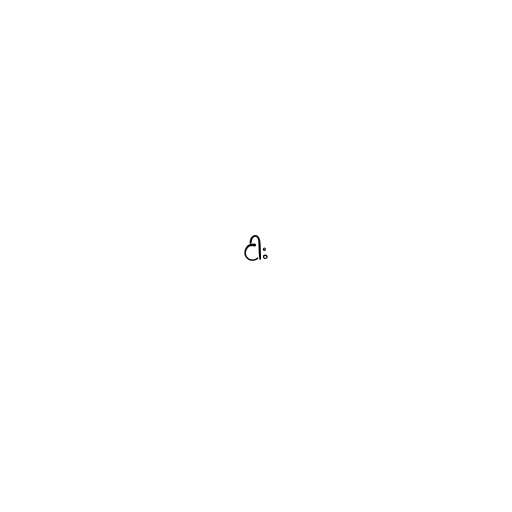
ငါး